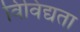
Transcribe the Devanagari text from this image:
विविद्यता